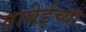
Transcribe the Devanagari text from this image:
ताबेईच्या